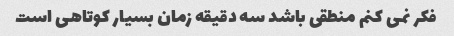
فکر نمی کنم منطقی باشد سه دقیقه زمان بسیار کوتاهی است